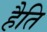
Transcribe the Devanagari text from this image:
हैति